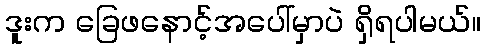
ဒူးက ခြေဖနောင့်အပေါ်မှာပဲ ရှိရပါမယ်။